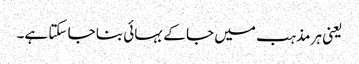
یعنی ہر مذہب میں جا کے بہائی بنا جا سکتا ہے۔